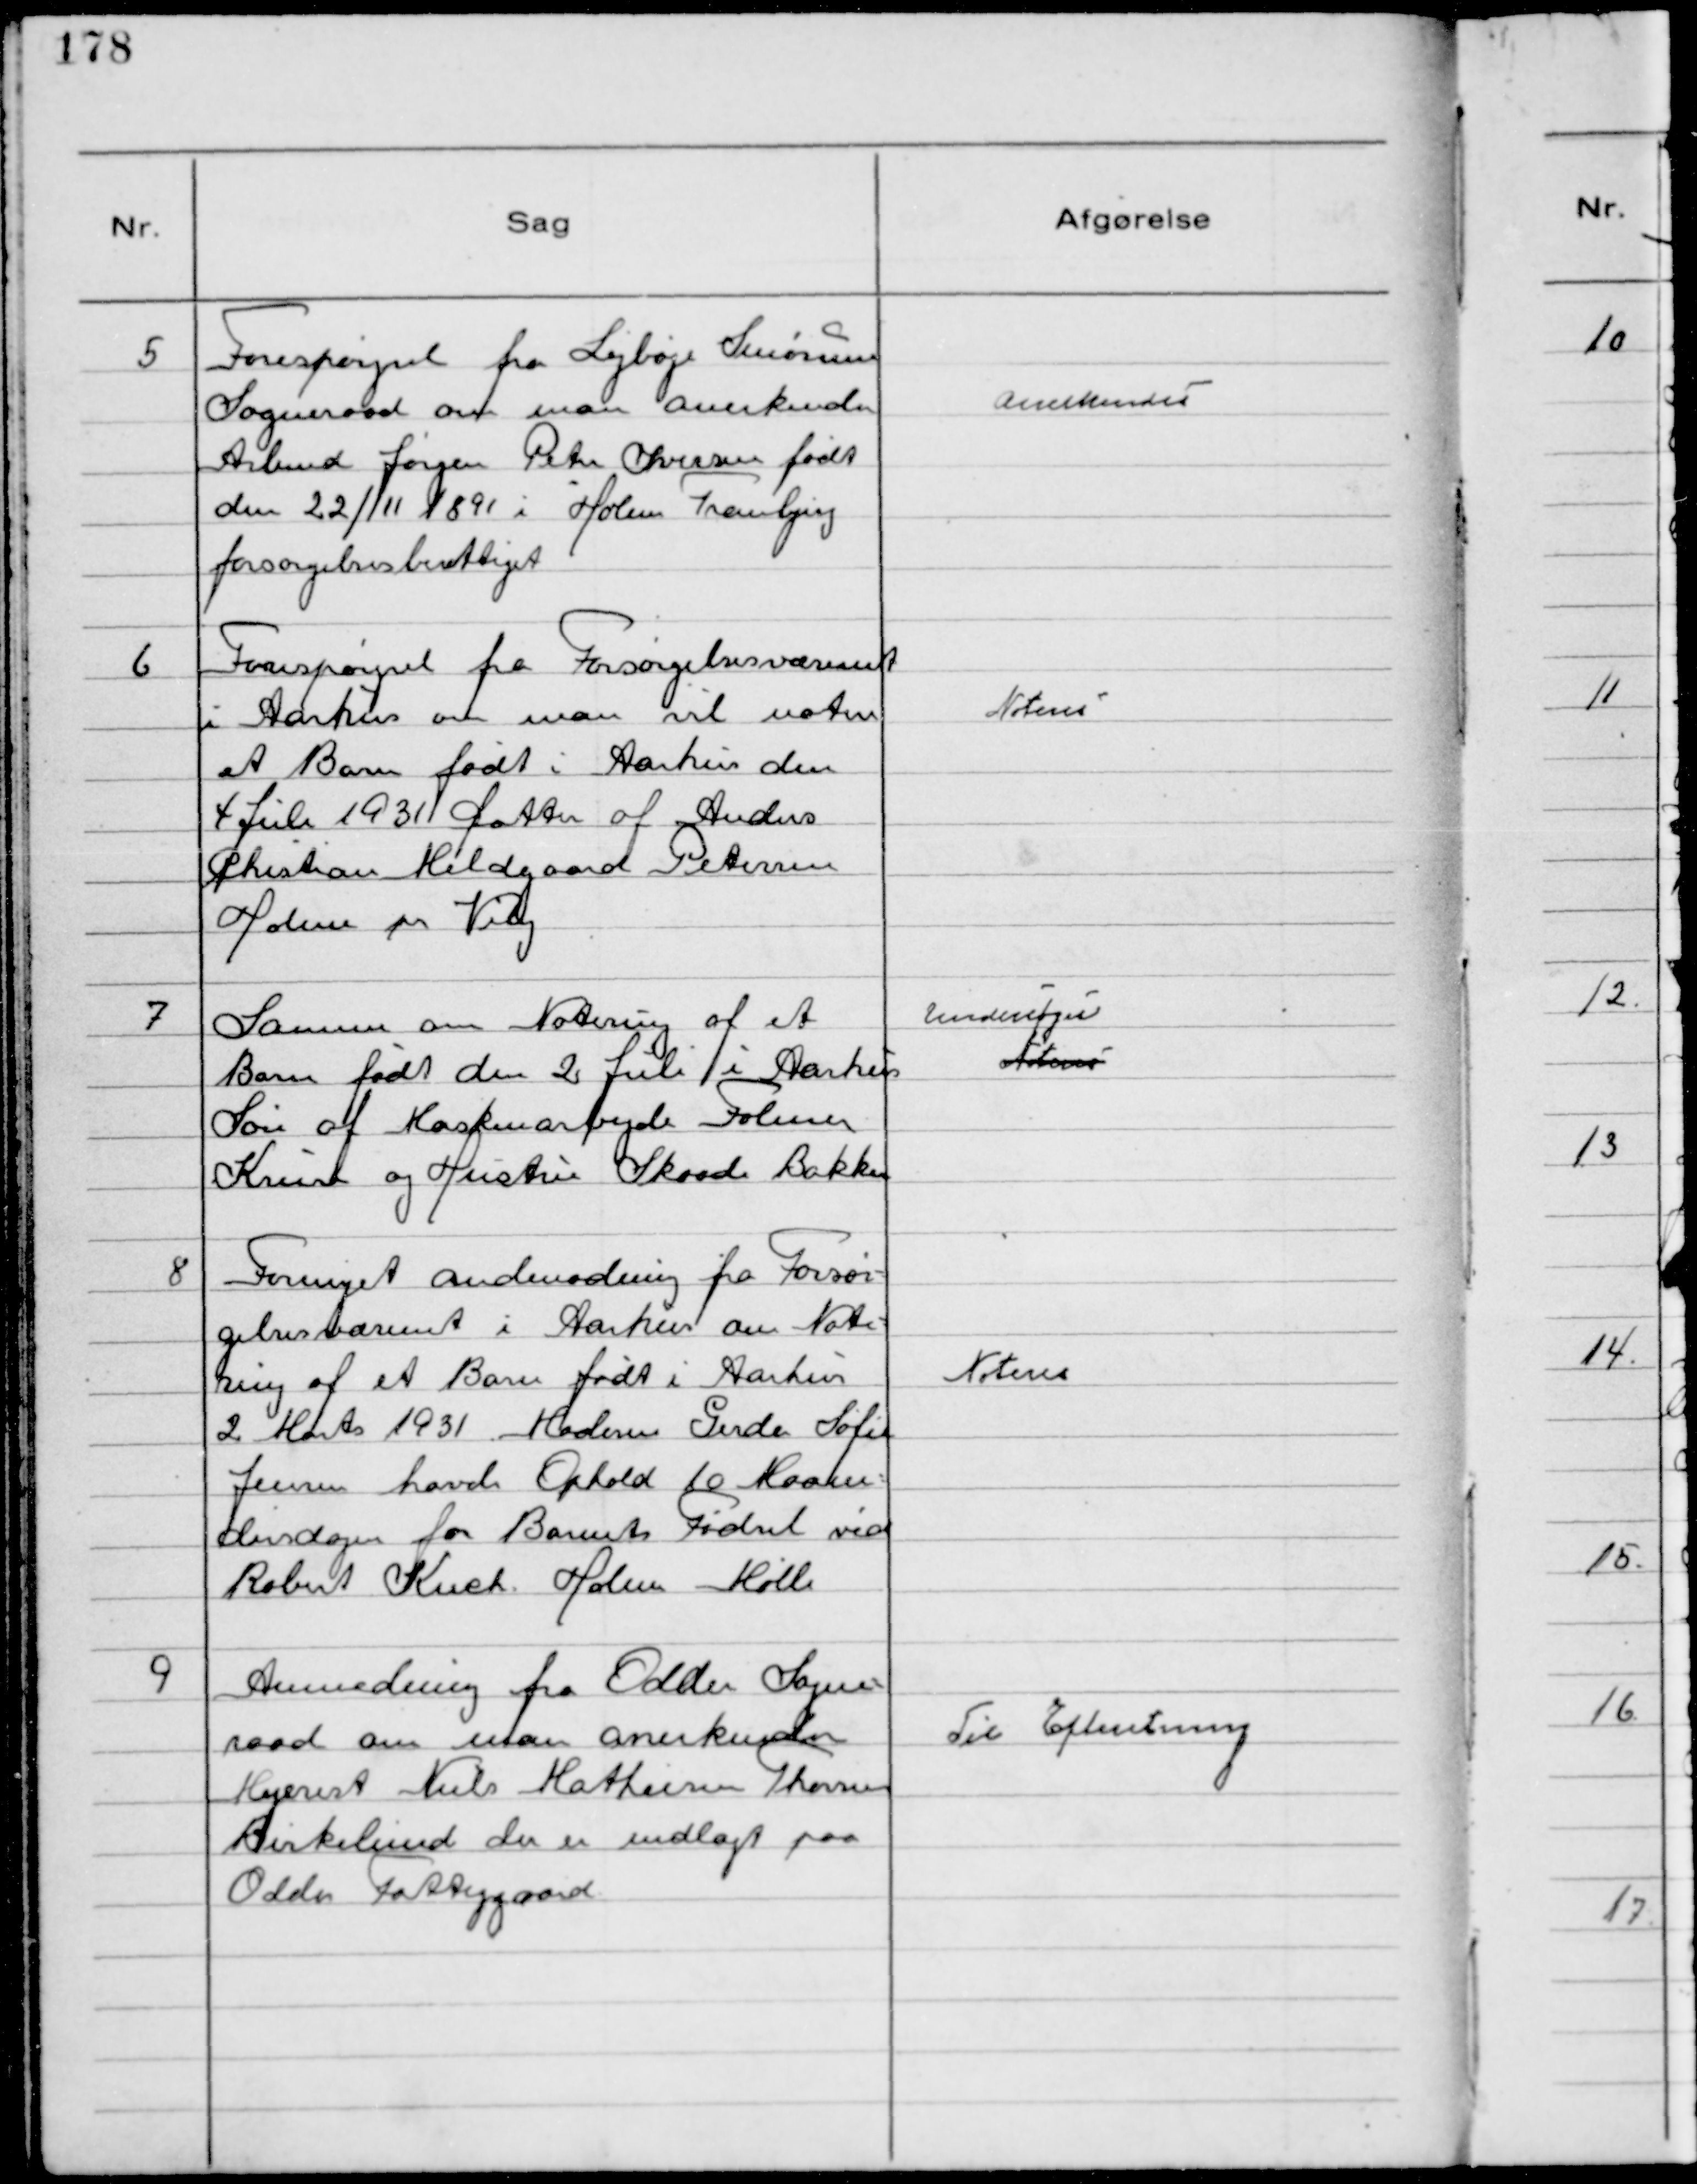
Transskription:
5
Forespørgsel fra Lejbøje Smørum
Sogneraad om man anerkender
Arbmd Jørgen Peter Iversen født
den 22/11 1891 i Holme Tranbjerg
forsørgelsesberettiget

Anerkendes

6
Forespørgsel fra Forsørgelsesvæsenet
i Aarhus om man vil notere
et Barn født i Aarhus den
1 Juli 1931 Datter af Anders
Chistian Meldgaard Petersen
Holme pr Viby

Noteres

7
Samme om Notering af et
Barn født den 2 Juli i Aarhus
Søn af Maskinarbejde Folmer
Kruse og Hustru Skaade Bakker

Undersøges
Noteres

8
Fornyet Andmodning fra Forsør-
gelsesvæsenet i Aarhus om Note-
ring af et Barn født i Aarhus
2 Marts 1931 Moderen Gerda Sofie
Jensen havde Ophold 10 Maane-
dersdagen for Barnets Fødsel ved
Robert Kuch Holme Mølle

Noteres

9
Anmodning fra Odder Sogne-
raad om man anerkender
Mejerist Niels Mathiesen Thorsen
Birkelund der er indlagt paa
Odder Fattiggaard

Til Efteretning